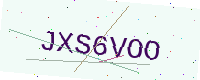
Text: JXS6VOO